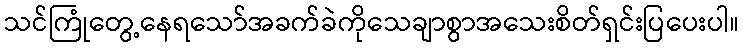
သင်ကြုံတွေ့နေရသော်အခက်ခဲကိုသေချာစွာအသေးစိတ်ရှင်းပြပေးပါ။